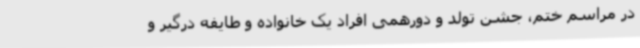
در مراسم ختم، جشن تولد و دورهمی افراد یک خانواده و طایفه درگیر و